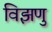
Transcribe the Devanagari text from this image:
विझणु